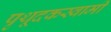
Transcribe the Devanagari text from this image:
पृथूदकस्वामी